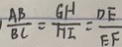
\frac { A B } { B C } = \frac { G H } { H I } = \frac { D E } { E F }